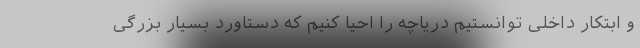
و ابتکار داخلی توانستیم دریاچه را احیا کنیم که دستاورد بسیار بزرگی